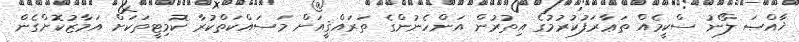
ޚާއްޞަ ލޯނު ސްކީމެއް ތަޢާރަފުކުރުމުގެ އިތުރުން އަންހެނުންގެ ތަރައްޤީއަށް މަސައްކަތްކުރާ ކޮމިޓީތަކަށް އަމާޒުކޮށްގެން